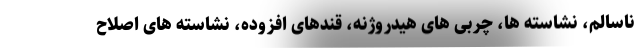
ناسالم، نشاسته ها، چربی های هیدروژنه، قندهای افزوده، نشاسته های اصلاح